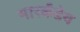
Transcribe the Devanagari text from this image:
मारर्कंडेय